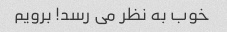
خوب به نظر می رسد! برویم